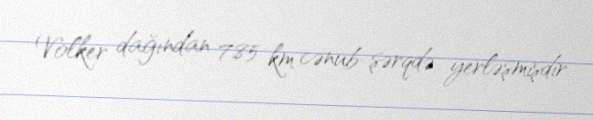
Volker dağından 7.85 km cənub-şərqdə yerləşmişdir.